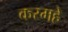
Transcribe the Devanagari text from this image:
करमहे